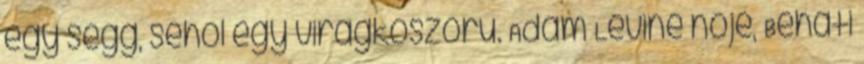
egy segg, sehol egy virágkoszorú. Adam Levine nője, Behati